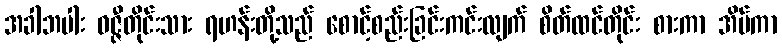
အခါဘပါး ဝဇ္ဇီတိုင်းသား ရဟန်းတို့သည် စောင့်စည်းခြင်းကင်းလျက် စိတ်ထင်တိုင်း စားကာ အိပ်ကာ